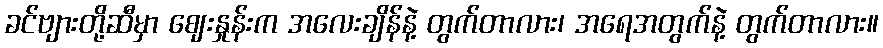
ခင်ဗျားတို့ဆီမှာ ဈေးနှုန်းက အလေးချိန်နဲ့ တွက်တာလား၊ အရေအတွက်နဲ့ တွက်တာလား။